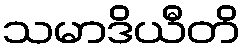
သမာဒိယီတိ